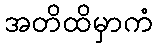
အတိထိမှာကံ